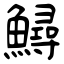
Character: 鱘